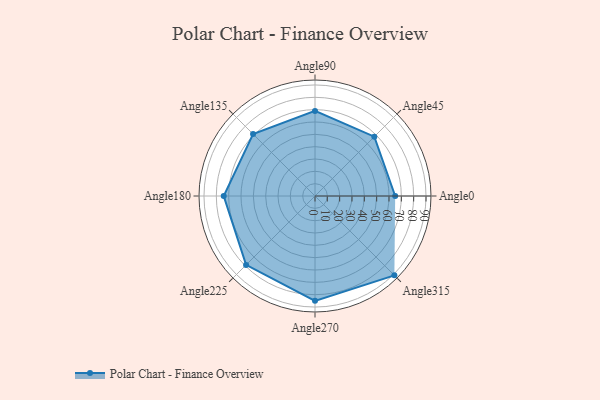
{"axis": {"x": "Angle", "y": "Radius"}, "legend": [""], "data": [{"x": "Angle0", "y": 65.0, "type": ""}, {"x": "Angle45", "y": 68.0, "type": ""}, {"x": "Angle90", "y": 69.0, "type": ""}, {"x": "Angle135", "y": 71.0, "type": ""}, {"x": "Angle180", "y": 74.0, "type": ""}, {"x": "Angle225", "y": 79.0, "type": ""}, {"x": "Angle270", "y": 85.0, "type": ""}, {"x": "Angle315", "y": 91.0, "type": ""}]}